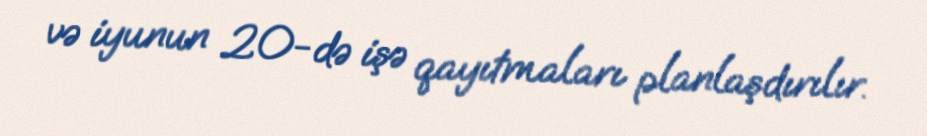
və iyunun 20-də işə qayıtmaları planlaşdırılır.